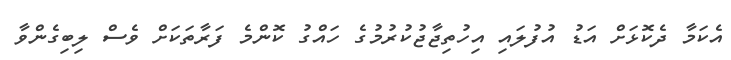
އެކަމާ ދެކޮޅަށް އަޑު އުފުލައި އިހުތިޖާޖުކުރުމުގެ ހައްގު ކޮންމެ ފަރާތަކަށް ވެސް ލިބިގެންވާ